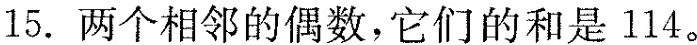
15.两个相邻的偶数，它们的和是114。